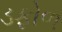
ડફોળ